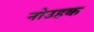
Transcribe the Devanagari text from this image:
नोउहक